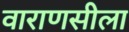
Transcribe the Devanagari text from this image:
वाराणसीला